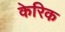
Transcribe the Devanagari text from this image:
केरिक